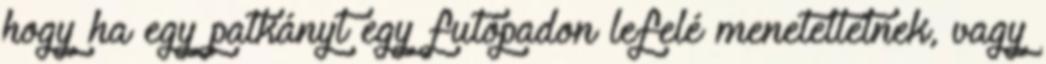
hogy ha egy patkányt egy futópadon lefelé meneteltetnek, vagy